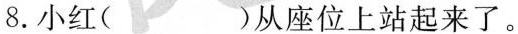
8.小红( )从座位上站起来了。